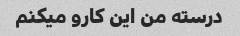
درسته من این کارو میکنم